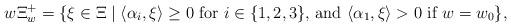
LaTeX: \begin{align*} w\Xi^+_w=\{ \xi \in \Xi \mid \text{$\langle \alpha_i, \xi \rangle\geq 0$ for $i \in \{1,2,3\}$, and $\langle \alpha_1, \xi\rangle > 0$ if $w=w_0$} \},\end{align*}